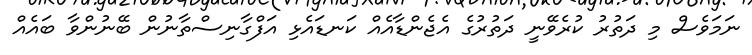
ނަމަވެސް މި ދަތުރު ކުރެވޭނީ ދަތުރުގެ އެޖެންޑާއެއް ކަނޑައެޅި އަފްގާނިސްތާނުން ބޭނުންވާ ބައެއް